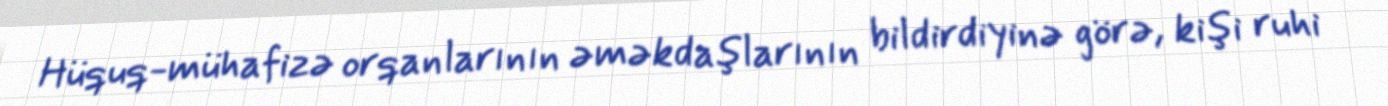
Hüquq-mühafizə orqanlarının əməkdaşlarının bildirdiyinə görə, kişi ruhi